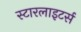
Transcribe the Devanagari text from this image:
स्टारलाइटर्स